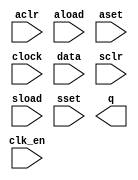
// megafunction wizard: %LPM_COUNTER%VBB%
// GENERATION: STANDARD
// VERSION: WM1.0
// MODULE: LPM_COUNTER 

// ============================================================
// Megafunction Name(s):
// 			LPM_COUNTER
//
// Simulation Library Files(s):
// 			lpm
// ============================================================
// ************************************************************
// THIS IS A WIZARD-GENERATED FILE. DO NOT EDIT THIS FILE!
//
// 17.1.0 Build 590 10/25/2017 SJ Lite Edition
// ************************************************************

//Copyright (C) 2017  Intel Corporation. All rights reserved.
//Your use of Intel Corporation's design tools, logic functions 
//and other software and tools, and its AMPP partner logic 
//functions, and any output files from any of the foregoing 
//(including device programming or simulation files), and any 
//associated documentation or information are expressly subject 
//to the terms and conditions of the Intel Program License 
//Subscription Agreement, the Intel Quartus Prime License Agreement,
//the Intel FPGA IP License Agreement, or other applicable license
//agreement, including, without limitation, that your use is for
//the sole purpose of programming logic devices manufactured by
//Intel and sold by Intel or its authorized distributors.  Please
//refer to the applicable agreement for further details.

module sdghdfgf (
	aclr,
	aload,
	aset,
	clk_en,
	clock,
	data,
	sclr,
	sload,
	sset,
	q);

	input	  aclr;
	input	  aload;
	input	  aset;
	input	  clk_en;
	input	  clock;
	input	[7:0]  data;
	input	  sclr;
	input	  sload;
	input	  sset;
	output	[7:0]  q;

endmodule

// ============================================================
// CNX file retrieval info
// ============================================================
// Retrieval info: PRIVATE: ACLR NUMERIC "1"
// Retrieval info: PRIVATE: ALOAD NUMERIC "1"
// Retrieval info: PRIVATE: ASET NUMERIC "1"
// Retrieval info: PRIVATE: ASET_ALL1 NUMERIC "1"
// Retrieval info: PRIVATE: CLK_EN NUMERIC "1"
// Retrieval info: PRIVATE: CNT_EN NUMERIC "0"
// Retrieval info: PRIVATE: CarryIn NUMERIC "0"
// Retrieval info: PRIVATE: CarryOut NUMERIC "0"
// Retrieval info: PRIVATE: Direction NUMERIC "0"
// Retrieval info: PRIVATE: INTENDED_DEVICE_FAMILY STRING "MAX 10"
// Retrieval info: PRIVATE: ModulusCounter NUMERIC "0"
// Retrieval info: PRIVATE: ModulusValue NUMERIC "0"
// Retrieval info: PRIVATE: SCLR NUMERIC "1"
// Retrieval info: PRIVATE: SLOAD NUMERIC "1"
// Retrieval info: PRIVATE: SSET NUMERIC "1"
// Retrieval info: PRIVATE: SSET_ALL1 NUMERIC "1"
// Retrieval info: PRIVATE: SYNTH_WRAPPER_GEN_POSTFIX STRING "0"
// Retrieval info: PRIVATE: nBit NUMERIC "8"
// Retrieval info: PRIVATE: new_diagram STRING "1"
// Retrieval info: LIBRARY: lpm lpm.lpm_components.all
// Retrieval info: CONSTANT: LPM_DIRECTION STRING "UP"
// Retrieval info: CONSTANT: LPM_PORT_UPDOWN STRING "PORT_UNUSED"
// Retrieval info: CONSTANT: LPM_TYPE STRING "LPM_COUNTER"
// Retrieval info: CONSTANT: LPM_WIDTH NUMERIC "8"
// Retrieval info: USED_PORT: aclr 0 0 0 0 INPUT NODEFVAL "aclr"
// Retrieval info: USED_PORT: aload 0 0 0 0 INPUT NODEFVAL "aload"
// Retrieval info: USED_PORT: aset 0 0 0 0 INPUT NODEFVAL "aset"
// Retrieval info: USED_PORT: clk_en 0 0 0 0 INPUT NODEFVAL "clk_en"
// Retrieval info: USED_PORT: clock 0 0 0 0 INPUT NODEFVAL "clock"
// Retrieval info: USED_PORT: data 0 0 8 0 INPUT NODEFVAL "data[7..0]"
// Retrieval info: USED_PORT: q 0 0 8 0 OUTPUT NODEFVAL "q[7..0]"
// Retrieval info: USED_PORT: sclr 0 0 0 0 INPUT NODEFVAL "sclr"
// Retrieval info: USED_PORT: sload 0 0 0 0 INPUT NODEFVAL "sload"
// Retrieval info: USED_PORT: sset 0 0 0 0 INPUT NODEFVAL "sset"
// Retrieval info: CONNECT: @aclr 0 0 0 0 aclr 0 0 0 0
// Retrieval info: CONNECT: @aload 0 0 0 0 aload 0 0 0 0
// Retrieval info: CONNECT: @aset 0 0 0 0 aset 0 0 0 0
// Retrieval info: CONNECT: @clk_en 0 0 0 0 clk_en 0 0 0 0
// Retrieval info: CONNECT: @clock 0 0 0 0 clock 0 0 0 0
// Retrieval info: CONNECT: @data 0 0 8 0 data 0 0 8 0
// Retrieval info: CONNECT: @sclr 0 0 0 0 sclr 0 0 0 0
// Retrieval info: CONNECT: @sload 0 0 0 0 sload 0 0 0 0
// Retrieval info: CONNECT: @sset 0 0 0 0 sset 0 0 0 0
// Retrieval info: CONNECT: q 0 0 8 0 @q 0 0 8 0
// Retrieval info: GEN_FILE: TYPE_NORMAL sdghdfgf.v TRUE
// Retrieval info: GEN_FILE: TYPE_NORMAL sdghdfgf.inc FALSE
// Retrieval info: GEN_FILE: TYPE_NORMAL sdghdfgf.cmp FALSE
// Retrieval info: GEN_FILE: TYPE_NORMAL sdghdfgf.bsf FALSE
// Retrieval info: GEN_FILE: TYPE_NORMAL sdghdfgf_inst.v FALSE
// Retrieval info: GEN_FILE: TYPE_NORMAL sdghdfgf_bb.v TRUE
// Retrieval info: LIB_FILE: lpm